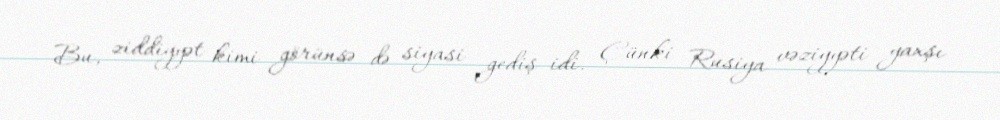
Bu, ziddiyyət kimi görünsə də siyasi gediş idi. Çünki Rusiya vəziyyəti yaxşı